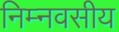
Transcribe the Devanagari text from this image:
निम्नवसीय